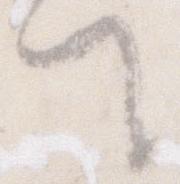
て